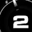
Digit: 2